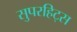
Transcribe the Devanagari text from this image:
सुपरहिट्स